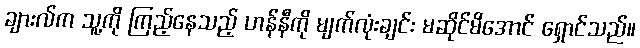
ချားလ်က သူ့ကို ကြည့်နေသည့် ဟန်နီကို မျက်လုံးချင်း မဆိုင်မိအောင် ရှောင်သည်။